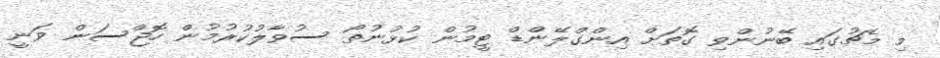
މި މެޗުގައި ބޭނުންވި ގޮތަށް އިންގްލޭންޑް ޓީމުން ކުޅުނުތޯ ސުވާލުކުރުމުން ހޮޖްސަން ވަނީ